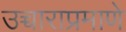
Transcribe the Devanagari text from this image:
उच्चाराप्रमाणे